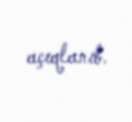
açıqlanıb.